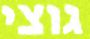
גוצי